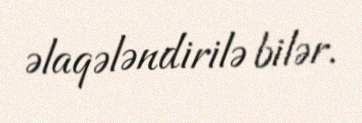
əlaqələndirilə bilər.